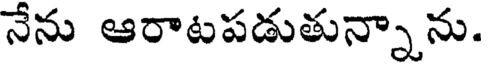
నేను ఆరాటపడుతున్నాను.